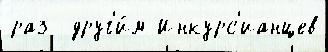
раз  друг'и́м Инкурс'ианцев